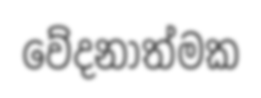
වේදනාත්මක